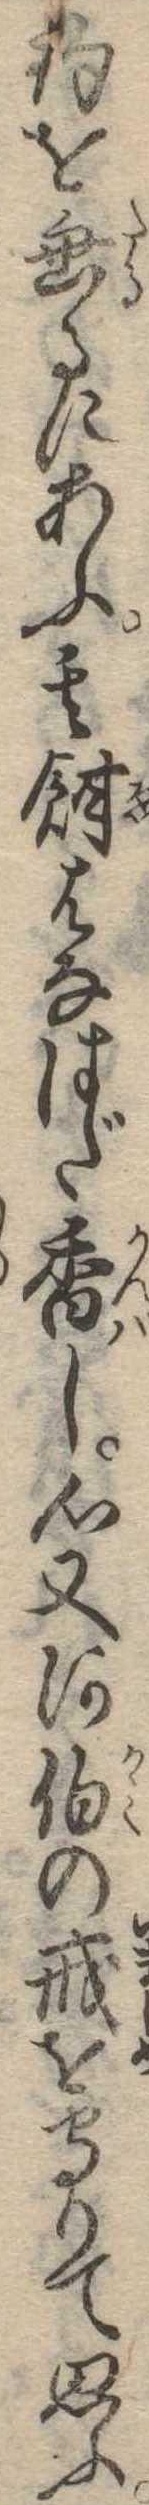
釣を垂るにあふ其餌はなはだ香し心又河伯の戒を守りて思ふ